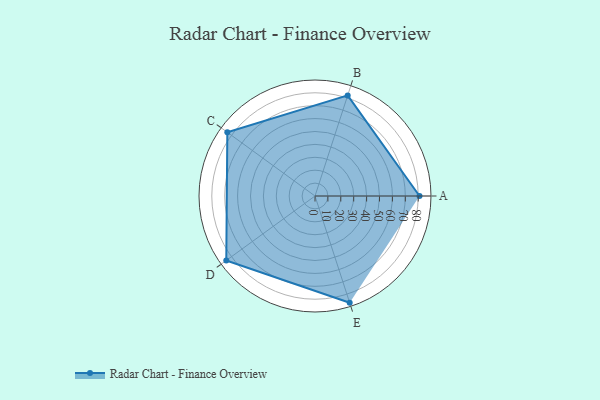
{"axis": {"x": "Skill", "y": "Score"}, "legend": ["Profile"], "data": [{"x": "A", "y": 81.0, "type": "Profile"}, {"x": "B", "y": 82.0, "type": "Profile"}, {"x": "C", "y": 84.0, "type": "Profile"}, {"x": "D", "y": 85.0, "type": "Profile"}, {"x": "E", "y": 87.0, "type": "Profile"}]}